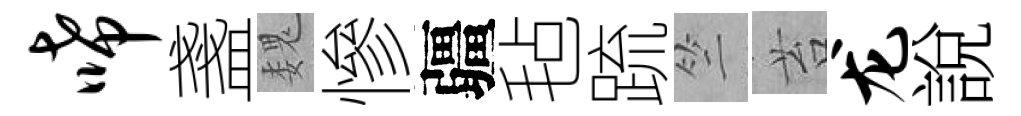
唏盞魏慘疆毡䟽竺苔龙說